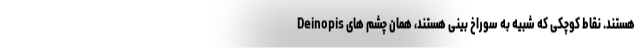
Deinopis هستند. نقاط کوچکی که شبیه به سوراخ بینی هستند، همان چشم های